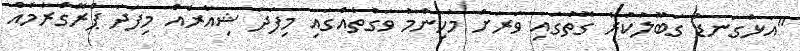
"އަޅުގަނޑު ގަބޫލުކުރާ ގޮތުގައި ވަރަށް މުހިންމު ވަގުތެއްގައި މިފަދަ ޝިއާރެއް މިފަދަ ޕްރޮގްރާމެއް